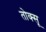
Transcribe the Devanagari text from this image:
तोक्सू